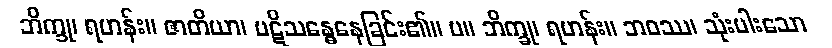
ဘိက္ခု၊ ရဟန်း။ ဇာတိယာ၊ ပဋိသန္ဓေနေခြင်း၏။ ပ။ ဘိက္ခု၊ ရဟန်း။ ဘဝဿ၊ သုံးပါးသော